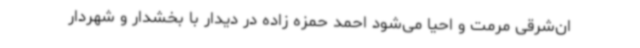
ان‌شرقی مرمت و احیا می‌شود احمد حمزه زاده در دیدار با بخشدار و شهردار